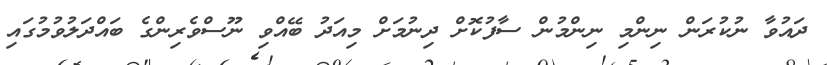
ދައުވާ ނުކުރަން ނިންމި ނިންމުން ސާފުކޮށް ދިނުމަށް މިއަދު ބޭއްވި ނޫސްވެރިންގެ ބައްދަލުވުމުގައި